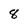
Character: 8